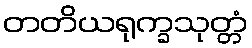
တတိယရုက္ခသုတ္တံ